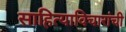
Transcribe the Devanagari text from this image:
साहित्याविचारांची